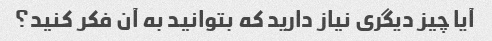
آیا چیز دیگری نیاز دارید که بتوانید به آن فکر کنید؟